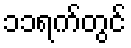
၁၁ရက်တွင်